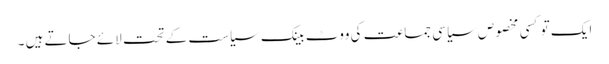
ایک تو کسی مخصوص سیاسی جماعت کی ووٹ بینک سیاست کے تحت لائے جاتے ہیں ۔